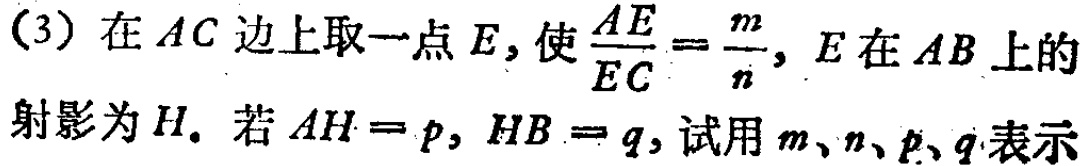
(3) 在 \(AC\) 边上取一点 \(E\)，使 \(\frac{AE}{EC}=\frac{m}{n}\)，\(E\) 在 \(AB\) 上的射影为 \(H\)。若 \(AH = p\)，\(HB = q\)，试用 \(m、n、p、q\) 表示